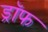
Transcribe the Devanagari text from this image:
ड्रॉफ